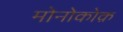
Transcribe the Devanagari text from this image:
मोनोकोक़